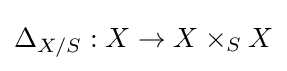
\Delta _{X/S}:X\to X\times _{S}X